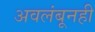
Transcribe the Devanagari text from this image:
अवलंबूनही